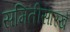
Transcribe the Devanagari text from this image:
समितीसारखे